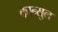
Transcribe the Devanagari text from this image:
कान्सुल